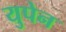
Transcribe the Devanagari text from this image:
युपेन